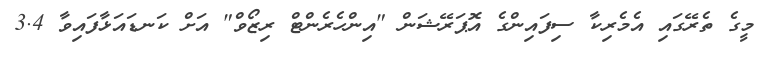
މީގެ ތެރޭގައި އެމެރިކާ ސިފައިންގެ އޮޕަރޭޝަން "އިންހެރެންޓް ރިޒޯވް" އަށް ކަނޑައަޅާފައިވާ 3.4